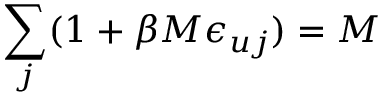
\sum _ { j } ( 1 + \beta M \epsilon _ { u j } ) = M